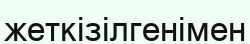
жеткізілгенімен